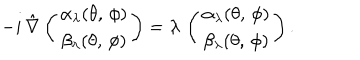
- i \, \hat { \nabla } \left( \begin{array} { c } { { \alpha _ { \lambda } ( \theta , \, \phi ) } } \\ { { \beta _ { \lambda } ( \theta , \, \phi ) } } \\ \end{array} \right) = \lambda \, \left( \begin{array} { c } { { \alpha _ { \lambda } ( \theta , \, \phi ) } } \\ { { \beta _ { \lambda } ( \theta , \, \phi ) } } \\ \end{array} \right) .